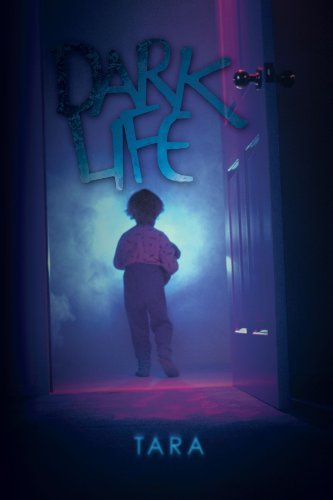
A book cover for Dark Life; Tara Tara; Parenting & Relationships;